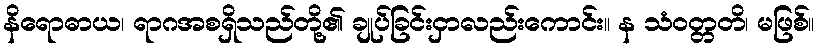
နိရောဓာယ၊ ရာဂအစရှိသည်တို့၏ ချုပ်ခြင်းငှာလည်းကောင်း။ န သံဝတ္တတိ၊ မဖြစ်။